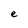
Character: e